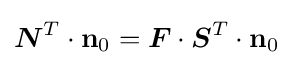
{\boldsymbol {N}}^{T}\cdot \mathbf {n} _{0}={\boldsymbol {F}}\cdot {\boldsymbol {S}}^{T}\cdot \mathbf {n} _{0}